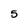
Character: 5